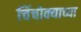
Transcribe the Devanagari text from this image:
चिंचोक्याच्या